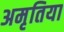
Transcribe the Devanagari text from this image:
अमृतिया